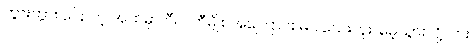
ဘွားဘွား ပြောတဲ့ အထဲမှာ ဝီလ်ကီမျိုး အကြောင်း မပါသေးဘူး၊ မေ့သွားလို့လား